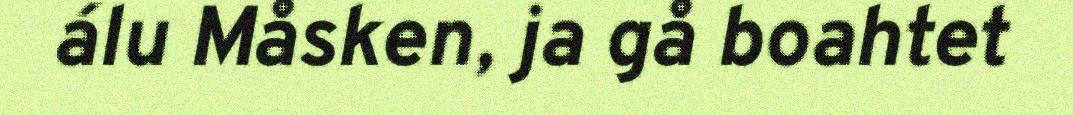
álu Måsken, ja gå boahtet